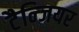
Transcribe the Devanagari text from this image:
टैन्जियर